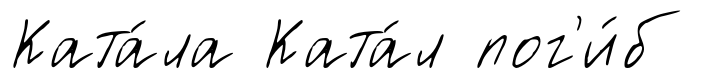
Ката́ла Ката́л пог'и́б